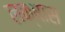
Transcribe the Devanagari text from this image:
लक्षास